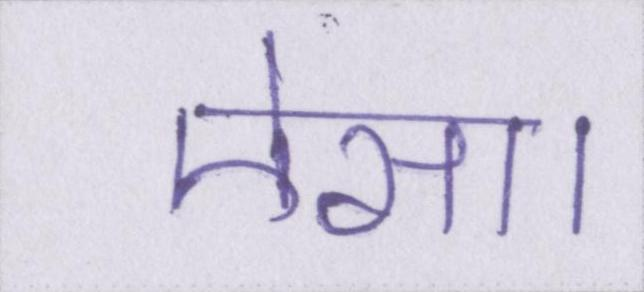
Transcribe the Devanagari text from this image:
ऐसा।